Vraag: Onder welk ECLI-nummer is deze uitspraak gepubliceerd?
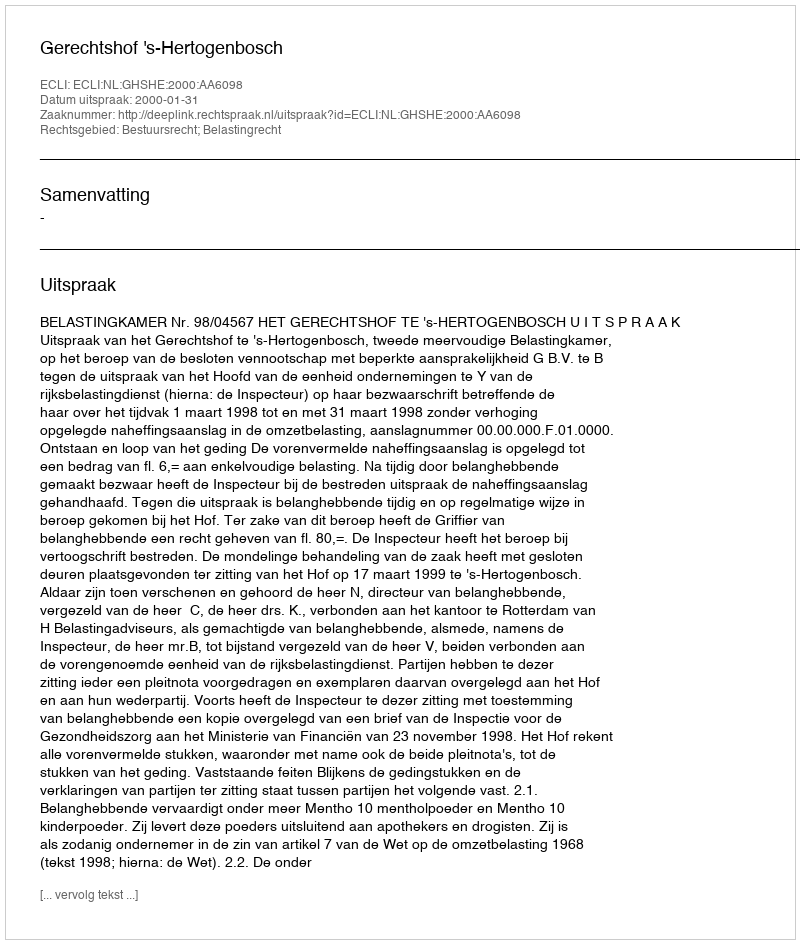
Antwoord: ECLI:NL:GHSHE:2000:AA6098